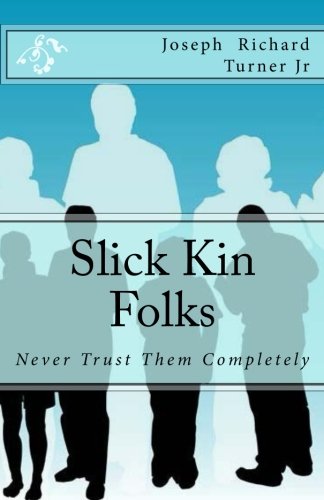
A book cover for Slick Kin Folks: Never Trust Them Completely; Mr Joseph Richard Turner Jr; Parenting & Relationships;